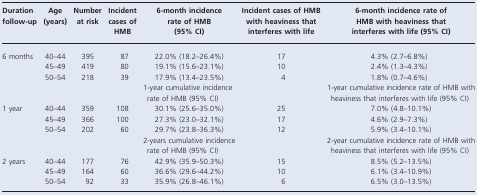
| Duration follow-up | Age (years) | Number at risk | Incident cases of HMB | 6-month incidence rate of HMB (95% CI) | Incident cases of HMB with heaviness that interferes with life | 6-month incidence rate of HMB with heaviness that interferes with life (95% CI) |
 | --- | --- | --- | --- | --- | --- | --- |
 | 6 months | 40–44 | 395 | 87 | 22.0% (18.2–26.4%) | 17 | 4.3% (2.7–6.8%) |
 |  | 45–49 | 419 | 80 | 19.1% (15.6–23.1%) | 10 | 2.4% (1.3–4.3%) |
 |  | 50–54 | 218 | 39 | 17.9% (13.4–23.5%) | 4 | 1.8% (0.7–4.6%) |
 |  |  |  |  | 1-year cumulative incidence rate of HMB (95% CI) |  | 1-year cumulative incidence rate of HMB with heaviness that interferes with life (95% CI) |
 | 1 year | 40–44 | 359 | 108 | 30.1% (25.6–35.0%) | 25 | 7.0% (4.8–10.1%) |
 |  | 45–49 | 366 | 100 | 27.3% (23.0–32.1%) | 17 | 4.6% (2.9–7.3%) |
 |  | 50–54 | 202 | 60 | 29.7% (23.8–36.3%) | 12 | 5.9% (3.4–10.1%) |
 |  |  |  |  | 2-years cumulative incidence rate of HMB (95% CI) |  | 2-year cumulative incidence rate of HMB with heaviness that interferes with life (95% CI) |
 | 2 years | 40–44 | 177 | 76 | 42.9% (35.9–50.3%) | 15 | 8.5% (5.2–13.5%) |
 |  | 45–49 | 164 | 60 | 36.6% (29.6–44.2%) | 10 | 6.1% (3.4–10.9%) |
 |  | 50–54 | 92 | 33 | 35.9% (26.8–46.1%) | 6 | 6.5% (3.0–13.5%) |